King Institute of Preventive Medicine Micro-Biological Section reports 1909-11
Year: 1909
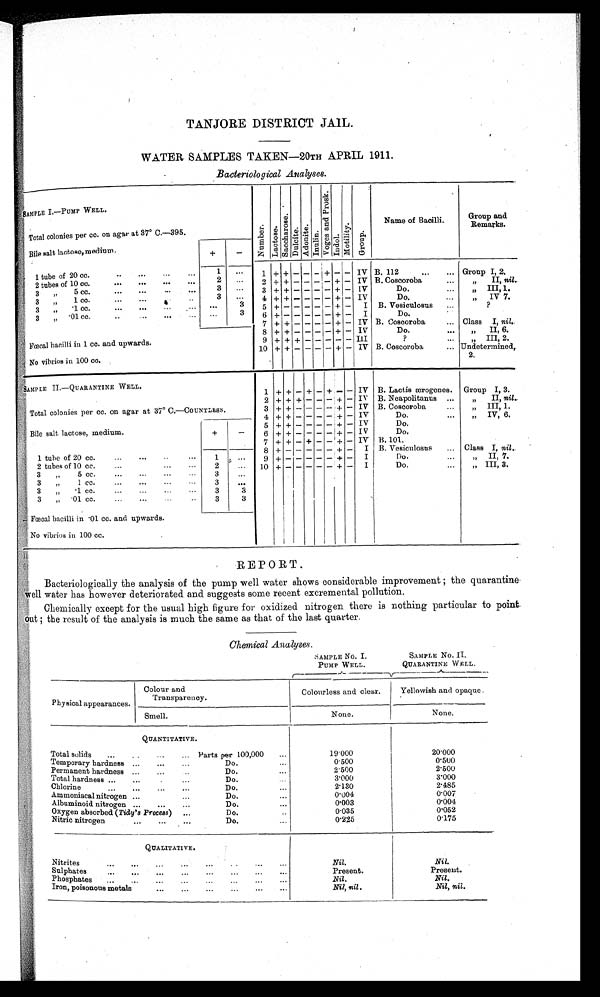
TANJORE DISTRICT JAIL.
WATER SAMPLES TAKEN—20TH APRIL 1911.
Bacteriological Analyses.
SAMPLE I.—PUMP WELL
Number.Lactose. S a c c h a r o s e .
Dulcite.
Adoni t e.Inul i ne.
Vo g e s a n d P r o s k .
Indol.Motility.Group.
Name of Bacilli.
Group and
Remarks.
Total colonies per cc. on agar at 37°C.
—395.
Bile salt lactose, medium.
+
−
1 tube of 20 cc.
1
1 + + − − − + − −
I V B.112
Group I, 2.
2 tubes of 10 cc.
2
2 + + − − − − + −
I V B. Coscoroba
„ II, nil.
3 „ 5 cc.
3
3 + + − − − − + −
I V
Do.
„ III, 1.
3 „ 1 c c .
3
4 + + − − − − + −
I V
Do.
„ IV, 7.
3 „ ·1 cc.
3
5 + − − − − − + −
I B. Vesiculosus
3 „ · 0 1 c c .
3
6 + − − − − − + −
I
Do.
7 + + − − − − + −
I V B. Coscoroba
Class I, nil.
8
+
+ − − − −
+
−
I V
Do.
„ II, 6.
Fœcal bacilli in 1 cc. and upwards.
9 + +
− − −
−
I I I
?
„ III,2.
10 + + − − − − + −
I V B. Coscoroba
Undetermined, 2.
No vibrios in 100 cc.
SAMPLE II.—QUARANTINE WELL.
1 +
− − − − −
+
−
I
B.Lactis ærogenes.
Group I, 3.
Total colonies per cc. on agar at 37°C.—COUNTLESS.
2 +
+
−
+
−
+
− −
I V
B. Neapolitanus
„ II, nil .
3 +
+ +
− − −
+
−
I V B. Coscoroba
„ III, 1.
Bile salt lactose, medium.
+
− 4 +
+
− − − −
+
−
I V
Do.
„ IV, 6.
5 +
+
− − − −
+
−
I V
Do.
6 +
+
− − − −
+
−
I V
Do.
1 tube of 20 cc.
1
7 +
+
−
+
− −
+
−
I V B. 101.
8 + − − − − −
+
−
I B. Vesiculosus
Class I, nil .
9
+
− − − − −
+
−
I
Do.
„ II, 7.
2 tubes of 10 cc.
2
10
+
− − − − −
+
−
I
Do.
„ III, 3.
3 „ 5 cc.
3
3 „ 1 cc.
3
3 „ ·1 cc.
3
3
3 „ ·01 cc.
3
3
Fœcal bacilli in ·01 cc. and upwards.
No vibrios in 100 cc.
REPORT.
Bacteriologically the analysis of the pump well water shows considerable improvement; the quarantine
well water has however deteriorated and suggests some recent excremental pollution.
Chemically except for the usual high figure for oxidized nitrogen there is nothing particular to point
out; the result of the analysis is much the same as that of the last quarter.
Chemical Analyses.
S AMPLE No . I .
PUMP WELL.
SAMPLE No. 11.
QUARANTINE WELL.
Physical appearances.
Colour and
Transparency.
Colourless and clear.
Yellowish and opaque.
Smell.
None.
None.
QUANTITATIVE.
Total solids
Parts per 100,000
19·000
20·000
Temporary hardness
Do.
0·500
0·500
Permanent hardness
Do.
2·500
2· 500
Total hardness
Do.
3·000
3·000
Chlorine
Do.
2·130
2·485
Ammoniacal nitrogen
Do.
0·004
0·007
Albuminoid nitrogen
Do.
0·003
.
0·004
Oxygen absorbed (Tidy's Process)
Do.
0·035
0·052
Nitric nitrcgen
Do.
0·225
0·175
QUALITATIVE.
Nitrites
Nil.
Nil.
Sulphates
Present.
Present.
Phosphates.
Nil .
Nil.
Iron, poisonous metals
Nil, nil .
Nil, nil .